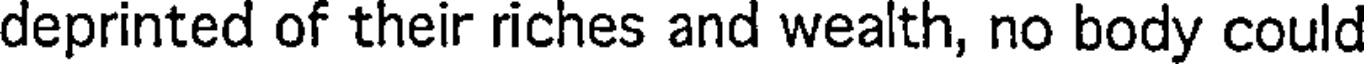
deprinted of their riches and wealth, no body could